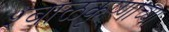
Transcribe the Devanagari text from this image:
श्बाळकृष्णाच्या